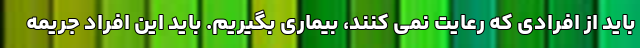
باید از افرادی که رعایت نمی کنند، بیماری بگیریم. باید این افراد جریمه